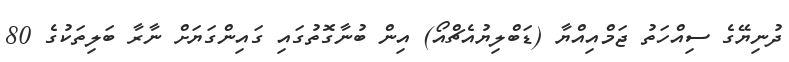
ދުނިޔޭގެ ސިއްހަތު ޖަމްއިއްޔާ (ޑަބްލިޔުއެޗްއޯ) އިން ބުނާގޮތުގައި ގައިންގަޔަށް ނާރާ ބަލިތަކުގެ 80